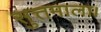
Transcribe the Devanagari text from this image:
सुत्तमाला।